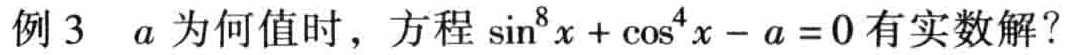
例 3 \(a\) 为何值时，方程 \(\sin^{8}x+\cos^{4}x - a = 0\) 有实数解？